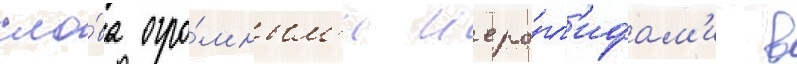
сло́ва огро́мным'и иеро́гл'ифам'и в